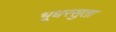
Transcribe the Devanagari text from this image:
भूधरसुता